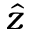
\hat { z }